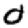
Digit: 0